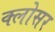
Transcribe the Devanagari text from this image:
क्लोसर